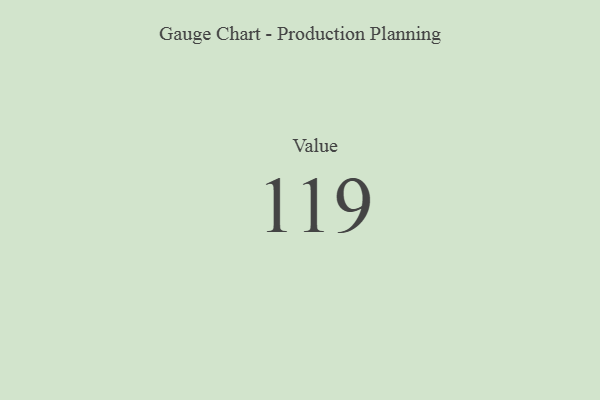
{"axis": {"x": "Metric", "y": "Value"}, "legend": [""], "data": [{"x": "Value", "y": 119, "type": ""}]}